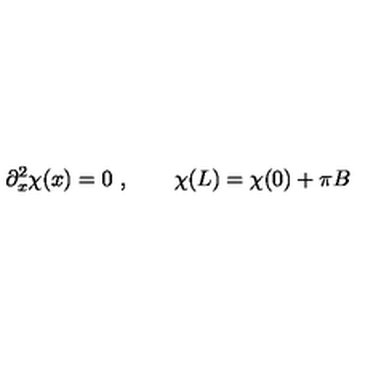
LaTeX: \partial _ { x } ^ { 2 } \chi ( x ) = 0 \ , \qquad \chi ( L ) = \chi ( 0 ) + \pi B